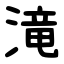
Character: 滝